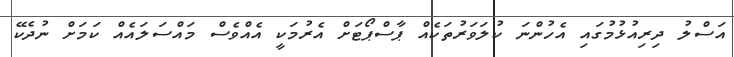
އަސްލު ދިރިއުޅުމުގައި އެހުންނަ ކުލަވަރުތަކެއް ޕާސްޕޯޓަށް އެރުމަކީ އެއްވެސް މައްސަލައެއް ކަމަށް ނުދެކޭ